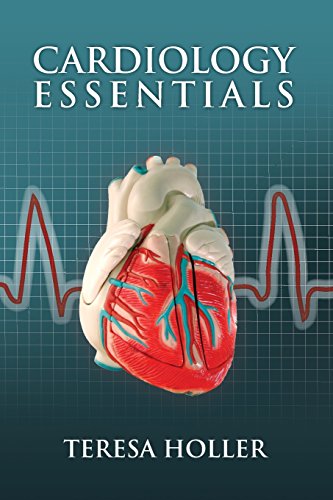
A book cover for Cardiology Essentials; Teresa Holler; Medical Books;